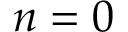
n = 0